Civil Veterinary Dept. North-West Frontier Province 1933-46 - 1933-1946
Year: 1933
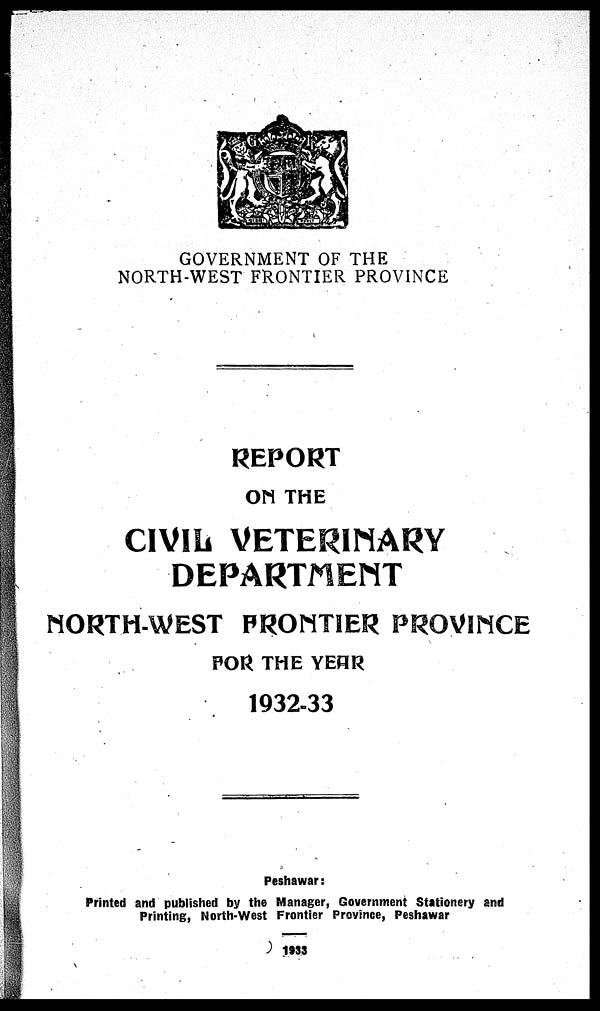
GOVERNMENT OF THE
NORTH-WEST FRONTIER PROVINCE
REPORT
ON THE
CIVIL VETERINARY
DEPARTMENT
NORTH-WEST FRONTIER PROVINCE
FOR THE YEAR
1932-33
Peshawar :
Printed and published by the Manager, Government Stationery and
Printing, North-West Frontier Province, Peshawar
1933